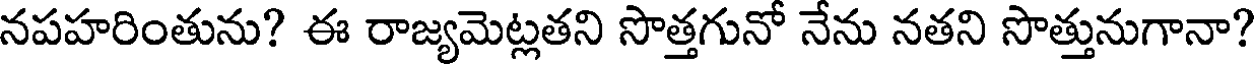
నపహరింతును? ఈ రాజ్యమెట్లతని సొత్తగునో నేను నతని సొత్తునుగానా?